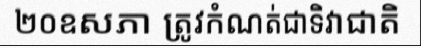
២០ឧសភា ត្រូវកំណត់ជាទិវាជាតិ